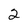
Character: 2